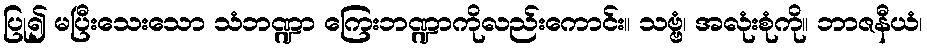
ပြု၍ မပြီးသေးသော သံဘဏ္ဍာ ကြေးဘဏ္ဍာကိုလည်းကောင်း။ သဗ္ဗံ၊ အလုံးစုံကို။ ဘာဇနီယံ၊